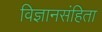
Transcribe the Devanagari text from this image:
विज्ञानसंहिता